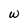
Character: w